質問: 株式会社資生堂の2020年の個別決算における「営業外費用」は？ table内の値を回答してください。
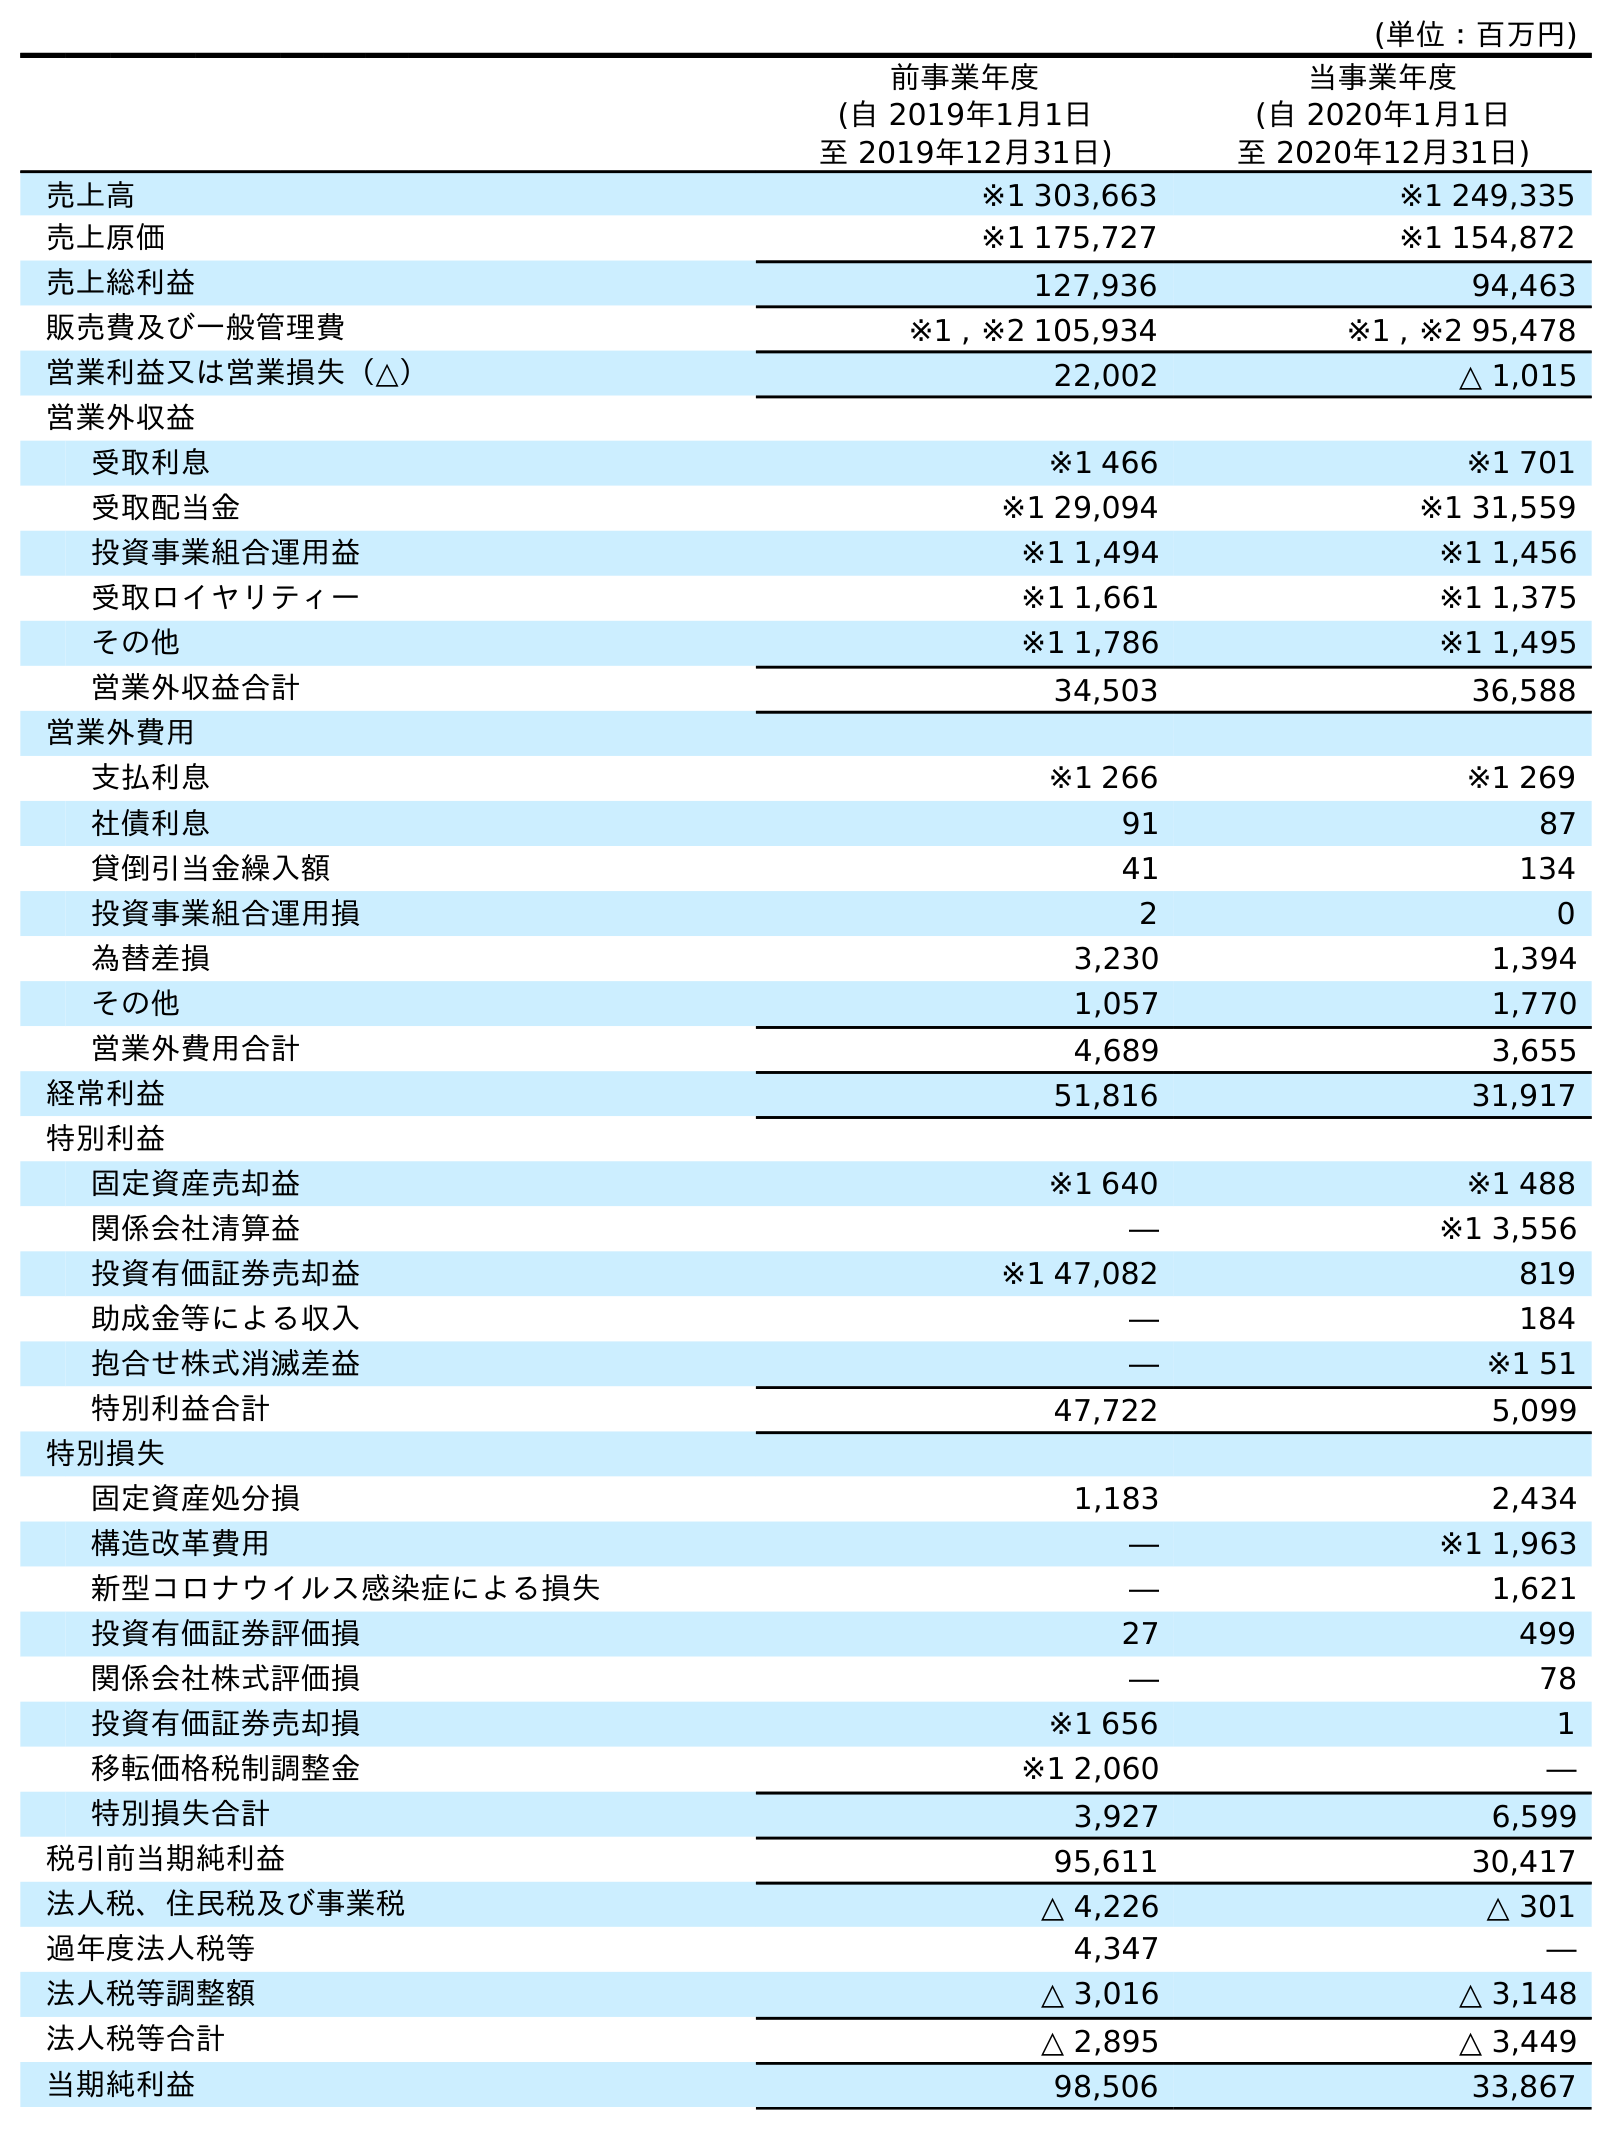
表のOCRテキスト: (単位：百万円) 前事業年度 (自 2019年1月1日 至 2019年12月31日) 当事業年度 (自 2020年1月1日 至 2020年12月31日) 売上高 ※1 303,663 ※1 249,335 売上原価 ※1 175,727 ※1 154,872 売上総利益 127,936 94,463 販売費及び一般管理費 ※1 , ※2 105,934 ※1 , ※2 95,478 営業利益又は営業損失（△） 22,002 △ 1,015 営業外収益 受取利息 ※1 466 ※1 701 受取配当金 ※1 29,094 ※1 31,559 投資事業組合運用益 ※1 1,494 ※1 1,456 受取ロイヤリティー ※1 1,661 ※1 1,375 その他 ※1 1,786 ※1 1,495 営業外収益合計 34,503 36,588 営業外費用 支払利息 ※1 266 ※1 269 社債利息 91 87 貸倒引当金繰入額 41 134 投資事業組合運用損 2 0 為替差損 3,230 1,394 その他 1,057 1,770 営業外費用合計 4,689 3,655 経常利益 51,816 31,917 特別利益 固定資産売却益 ※1 640 ※1 488 関係会社清算益 ― ※1 3,556 投資有価証券売却益 ※1 47,082 819 助成金等による収入 ― 184 抱合せ株式消滅差益 ― ※1 51 特別利益合計 47,722 5,099 特別損失 固定資産処分損 1,183 2,434 構造改革費用 ― ※1 1,963 新型コロナウイルス感染症による損失 ― 1,621 投資有価証券評価損 27 499 関係会社株式評価損 ― 78 投資有価証券売却損 ※1 656 1 移転価格税制調整金 ※1 2,060 ― 特別損失合計 3,927 6,599 税引前当期純利益 95,611 30,417 法人税、住民税及び事業税 △ 4,226 △ 301 過年度法人税等 4,347 ― 法人税等調整額 △ 3,016 △ 3,148 法人税等合計 △ 2,895 △ 3,449 当期純利益 98,506 33,867
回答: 3,655